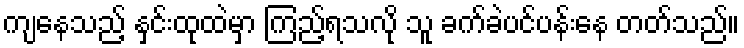
ကျနေသည့် နှင်းထုထဲမှာ ကြည့်ရသလို သူ ခက်ခဲပင်ပန်းနေ တတ်သည်။